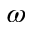
\omega